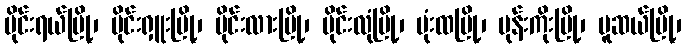
မိုင်းရယ်မြို့၊ မိုင်းရှူးမြို့၊ မိုင်းလားမြို့၊ မိုင်းလုံမြို့၊ မုံးထမြို့၊ မုန်းကိုးမြို့၊ မူဆယ်မြို့၊